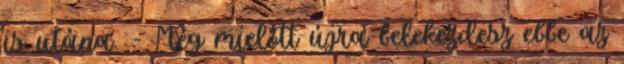
is utána. - Még mielőtt újra belekezdesz ebbe az